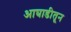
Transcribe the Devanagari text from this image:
आघाडीतून